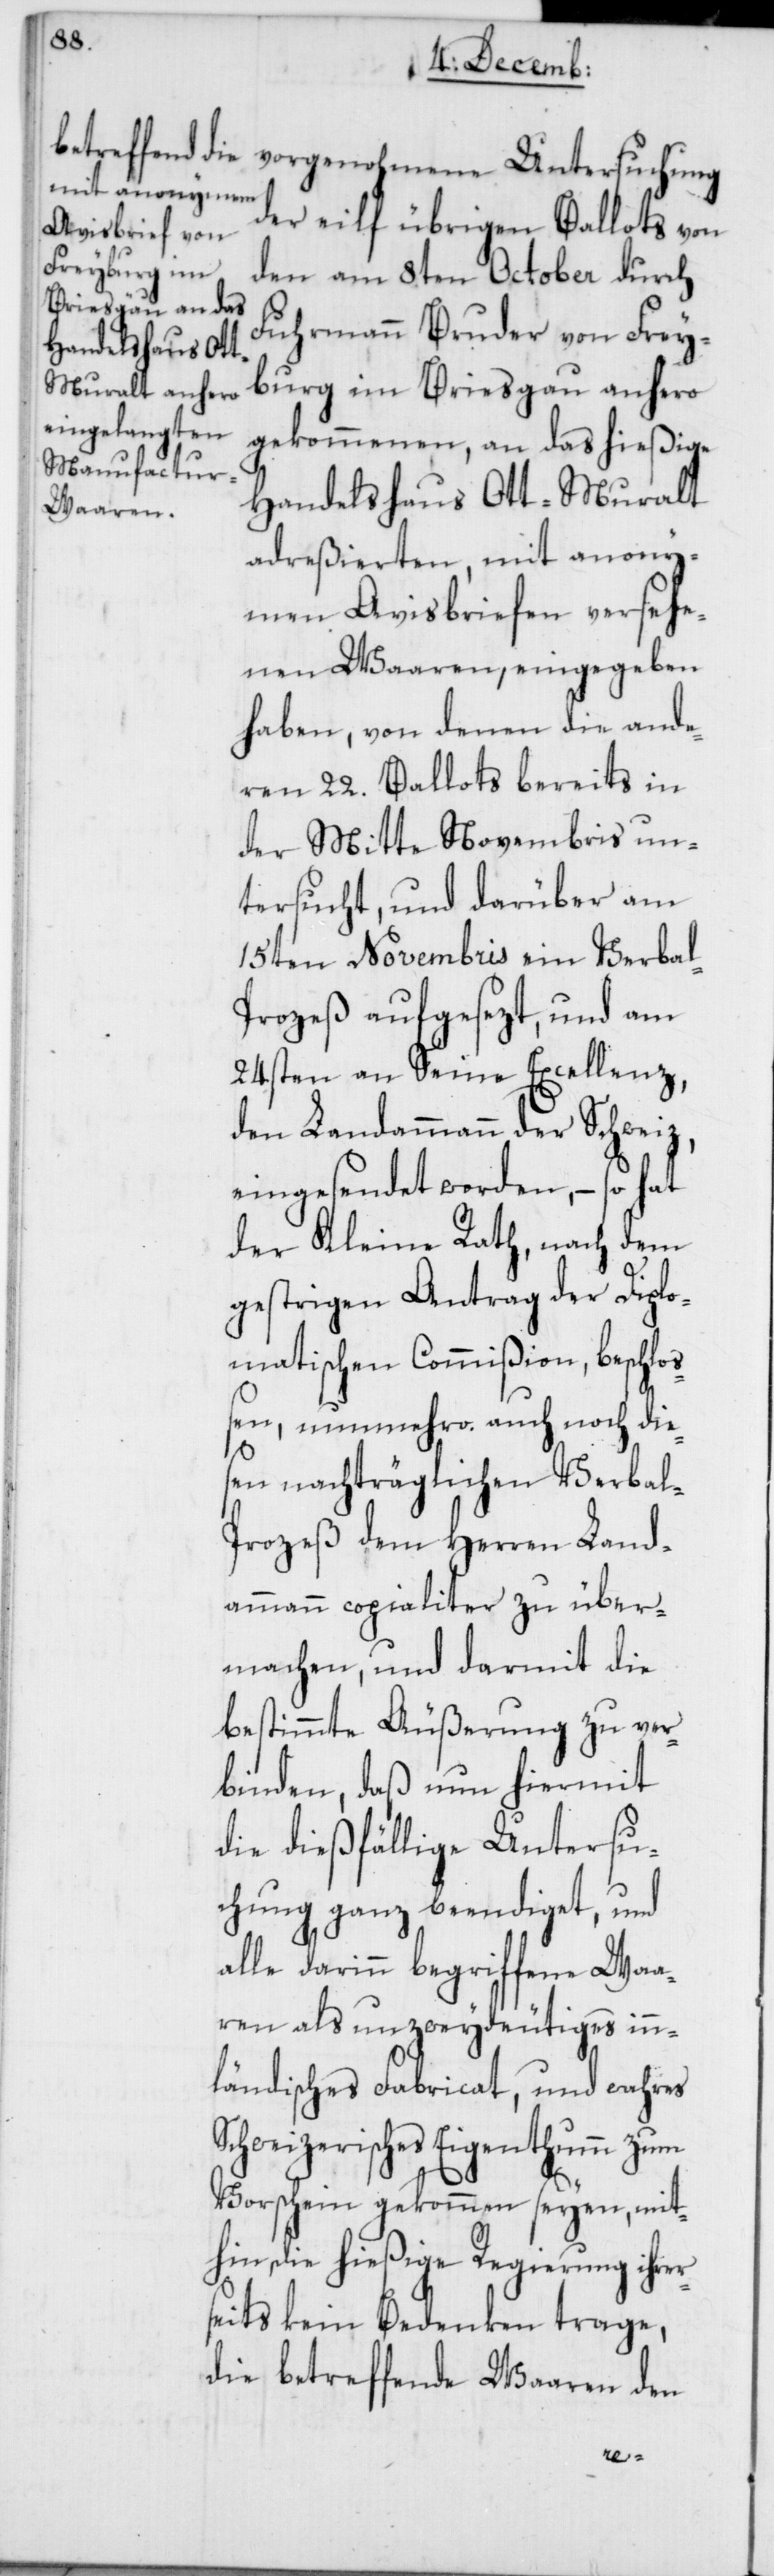
vorgenohmene Untersuchung
der eilf übrigen Ballots von
den am 8ten October durch
Fuhrmann Bruder von Frey¬
burg im Breisgau anhero
gekommenen, an das hießige
Handelshaus Ott-Muralt
adreßierten, mit anony¬
men Avisbriefen versehe¬
nen Waaren, eingegeben
haben, von denen die ande¬
ren 22. Ballots bereits in
der Mitte Novembris un¬
tersucht, und darüber am
15ten Novembris ein Verbal¬
prozeß aufgesezt, und am
24sten an Seine Excellenz,
den Landammann der Schweiz,
eingesendet worden, – so hat
der Kleine Rath, nach dem
gestrigen Antrag der Diplo¬
matischen Commißion, beschloß¬
en, nunmehro auch noch dies¬
en nachträglichen Verbal¬
prozeß dem Herren Land¬
ammann copialiter zu über¬
machen, und darmit die
bestimmte Äußerung zu ver¬
binden, daß nun hiermit
die dießfällige Untersu¬
chung ganz beendiget, und
alle darinn begriffene Waa¬
ren als unzweydeutiges inn¬
ländisches Fabricat, und wahres
Schweizerisches Eigenthum zum
Vorschein gekommen seyen, mit¬
hin die hießige Regierung ihre¬
seits kein Bedenken trage,
die betreffende Waaren den
r¬